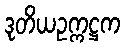
ဒုတိယဥက္ကဋ္ဌက